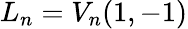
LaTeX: L_{n}=V_{n}(1,-1)